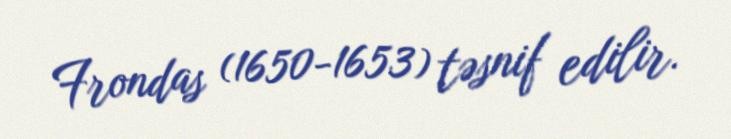
Frondas (1650-1653) təsnif edilir.